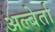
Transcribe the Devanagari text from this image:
अल्बेर्ता